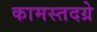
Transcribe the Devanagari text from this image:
कामस्तदग्रे